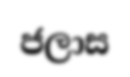
ජලාස